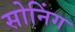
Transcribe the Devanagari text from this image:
सोनिंग